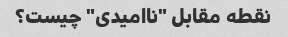
نقطه مقابل "ناامیدی" چیست؟